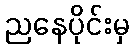
ညနေပိုင်းမှ